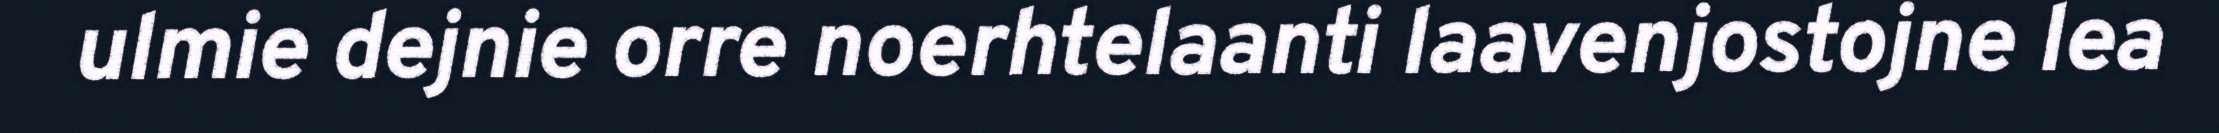
ulmie dejnie orre noerhtelaanti laavenjostojne lea